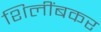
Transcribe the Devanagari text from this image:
शिलींबकर